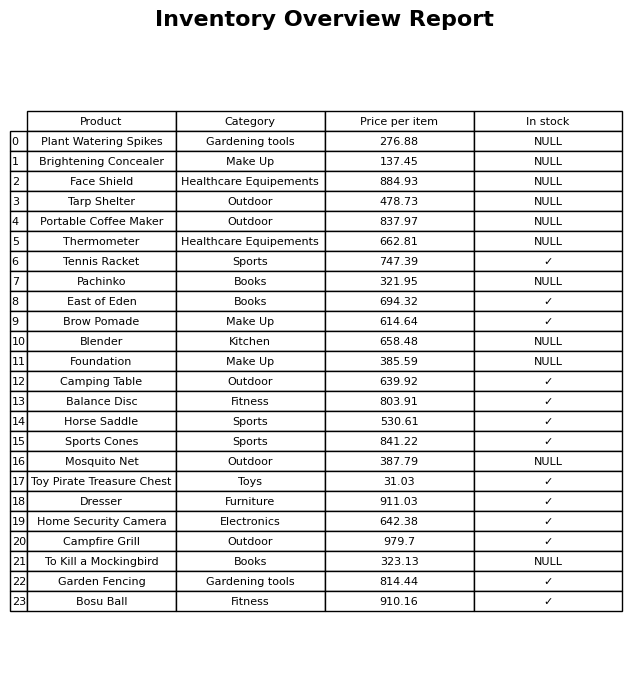
question: What is the price for Horse Saddle?
answer: The price of Horse Saddle is 530.61.